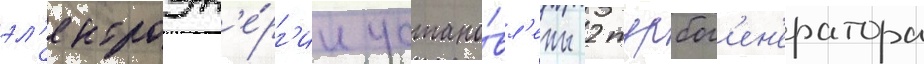
эл'ектроэн'е́рг'ии устано́вл'ены 2 турбог'ен'ератора